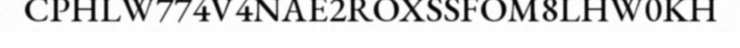
CPHLW774V4NAE2ROXSSFOM8LHW0KH